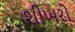
શીખરો